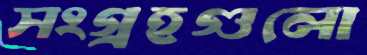
সংগ্রহগুলো